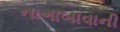
નાગાબાવાની